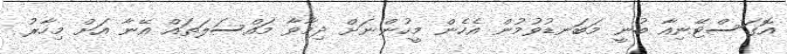
އޮގަސްޓޭނިއާ ބުނީ މަބަނޑުވުމުން އެހެން މީހުންނަށް ދިމާވާ މައްސަލަތައް އޭނާ އަށް މިހާރު